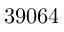
3 9 0 6 4